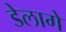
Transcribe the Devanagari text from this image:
डेलागे